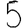
Digit: 5